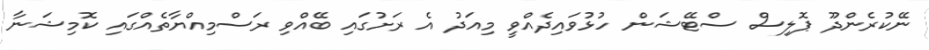
ނޭކުރެންދޫ ޕޮލިސް ސްޓޭޝަން ހުޅުވައިދެއްވީ މިއަދު އެ ރަށުގައި ބޭއްވި ރަސްމިއްޔާތެއްގައި ކޮމިޝަނާ